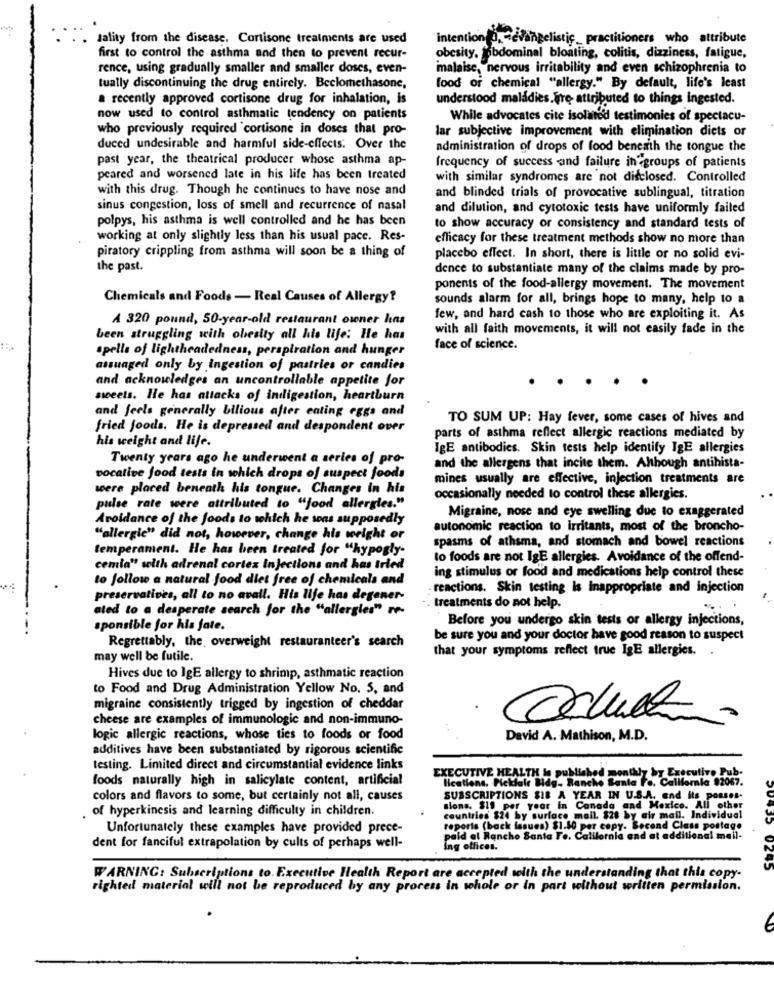
Jality from the disease. Cortisone treatments are used
intention 0, evangelistic_practitioners who attribute
first to control the asthma and then to prevent recur-
obesity, abdominal bloating, colitis, dizziness, fatigue,
rence, using gradually smaller and smaller doses, even-
malaise, nervous irritability and even schizophrenia to
tually discontinuing the drug entirely. Beclomethasone,
food or chemical "allergy." By default, life's least
a recently approved cortisone drug for inhalation, is
understood maladies. fre- attributed to things ingested.
now used to control asthmatic tendency on patients
While advocates cite isolated testimonies of spectacu-
who previously required cortisone in doses that pro-
lar subjective improvement with elimination diets or
duced undesirable and harmful side-effects. Over the
administration of drops of food beneath the tongue the
past year, the theatrical producer whose asthma ap-
frequency of success and failure in groups of patients
peared and worsened late in his life has been treated
with similar syndromes are not disclosed. Controlled
with this drug. Though he continues to have nose and
and blinded trials of provocative sublingual, titration
sinus congestion, loss of smell and recurrence of nasal
and dilution, and cytotoxic tests have uniformly failed
polpys, his asthma is well controlled and he has been
to show accuracy or consistency and standard tests of
working at only slightly less than his usual pace. Res-
efficacy for these treatment methods show no more than
piratory crippling from asthma will soon be a thing of
placebo effect. In short, there is little or no solid evi-
the past.
dence to substantiate many of the claims made by pro-
ponents of the food-allergy movement. The movement
Chemicals and Foods - Real Causes of Allergy?
sounds alarm for all, brings hope to many, help to a
A 320 pound, 50-year-old restaurant owner has
few, and hard cash to those who are exploiting it. As
with all faith movements, it will not easily fade in the
been struggling with obesity all his life: He has
spelle of lightheadedness, perspiration and hunger
face of science.
assuaged only by Ingestion of pastries or candies
and acknowledges an uncontrollable appetite for
seeets. Ile has attacks of indigestion, heartburn
and feels generally bilious after eating eggs and
TO SUM UP: Hay fever, some cases of hives and
fried foods. He is depressed and despondent over
parts of asthma reflect allergic reactions mediated by
his weight and life.
IgE antibodies. Skin tests help identify IgE allergies
Twenty years ago he underwent a series of pro-
and the allergens that incite them. Although antihista-
vocative food tests in which drops of suspect foods
mines usually are effective, injection treatments are
were placed beneath his tongue. Changes in his
occasionally needed to control these allergies.
pulse rate were attributed to "food allergies."
Migraine, nose and eye swelling due to exaggerated
Avoidance of the foods to which he sons supposedly
autonomic reaction to irritants, most of the broncho-
"allergic" did not, however, change his wright or
spasms of athsma, and stomach and bowel reactions
temperament. He has been treated for "hypogly-
to foods are not IgE allergies. Avoidance of the offend-
cemia" seith adrenal cortex injections and has tried
to follow a natural food diet free of chemicals and
ing stimulus or food and medications help control these
reactions. Skin testing Is Inappropriate and injection
preservatives, all to no avail. His life has degener-
ated to a desperate search for the "allergies" re-
treatments do not help.
Before you undergo skin tests or allergy injections,
sponsible for his jate.
Regrettably, the overweight restauranteer's search
be sure you and your doctor have good reason to suspect
that your symptoms reflect true IgE allergies ..
may well be futile.
Hives due to IgE allergy to shrimp, asthmatic reaction
to Food and Drug Administration Yellow No. 5, and
migraine consistently trigged by ingestion of cheddar
cheese are examples of immunologic and non-immuno-
logic allergic reactions, whose ties to foods or food
David A. Mathison, M.D.
additives have been substantiated by rigorous scientific
testing. Limited direct and circumstantial evidence links
foods naturally high in salicylate content, artificial
EXECUTIVE HEALTH Is published monthly by Executivo Pub
lications. Pickfair Bdg- Rancho Santa Fe. California $2067.
colors and flavors to some, but certainly not all, causes
SUBSCRIPTIONS SIE A YEAR IN U.S.A. and its posses-
of hyperkinesis and learning difficulty in children.
sions. $19 per year in Canada and Mexico. All other
countries $24 by surface mail. $28 by air mail. Individual
Unfortunately these examples have provided prece-
reports (back issues) $1.50 per copy. Second Class postage
id al Rancho Santa Fe. California and at additional mail.
dent for fanciful extrapolation by cults of perhaps well-
ing offices.
10935 0245
WARNING: Subscriptions to. Executive Health Report are accepted with the understanding that this copy-
righted material will not be reproduced by any process in whole or in part without written permission.